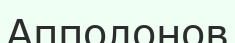
Апполонов